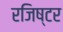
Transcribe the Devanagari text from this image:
रजिष्टर